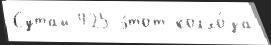
Сутай 425 э́тот колхо́за